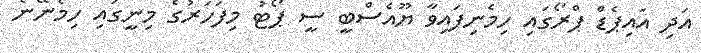
އަދި އައިޕެޑް ޕްރޯގައި ހިމެނިފައިވާ ޔޫއެސްބީ ސީ ޕޯޓު މިފަހަރުގެ މިނީގައި ހިމެނޭނެ